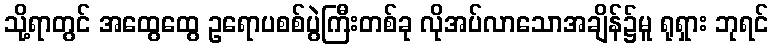
သို့ရာတွင် အထွေထွေ ဥရောပစစ်ပွဲကြီးတစ်ခု လိုအပ်လာသောအချိန်၌မူ ရုရှား ဘုရင်